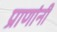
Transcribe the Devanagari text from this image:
प्राणांनी